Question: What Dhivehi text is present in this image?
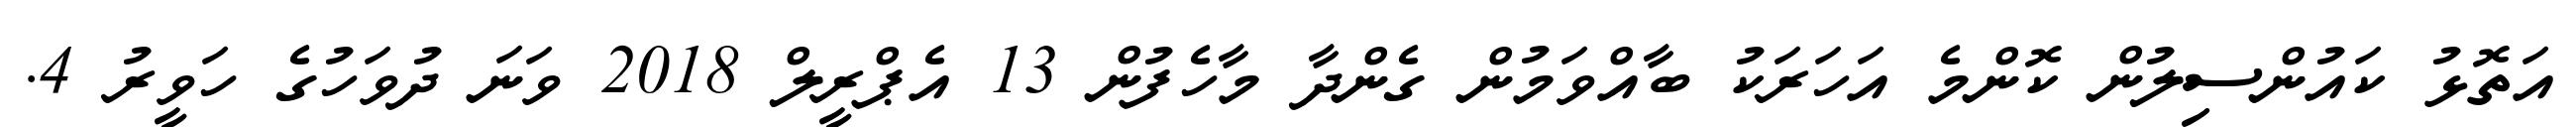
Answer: އަތޮޅު ކައުންސިލުން ކޮންމެ އަހަރަކު ބާއްވަމުން ގެންދާ މާހެފުން 13 އެޕްރީލް 2018 ވަނަ ދުވަހުގެ ހަވީރު 4.